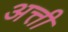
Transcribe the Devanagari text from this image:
अत्ती